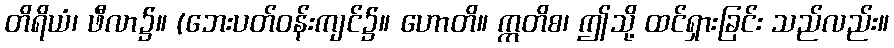
တိရိယံ၊ ဖီလာ၌။ (ဘေးပတ်ဝန်းကျင်၌။ ဟောတိ။ ဣတိစ၊ ဤသို့ ထင်ရှားခြင်း သည်လည်း။